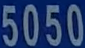
5050